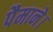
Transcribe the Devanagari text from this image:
पैमाने।